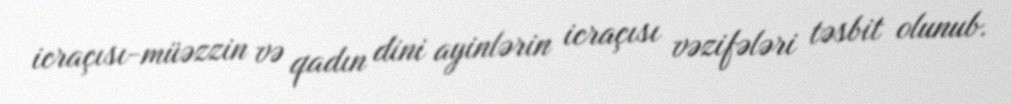
icraçısı-müəzzin və qadın dini ayinlərin icraçısı vəzifələri təsbit olunub.